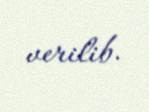
verilib.